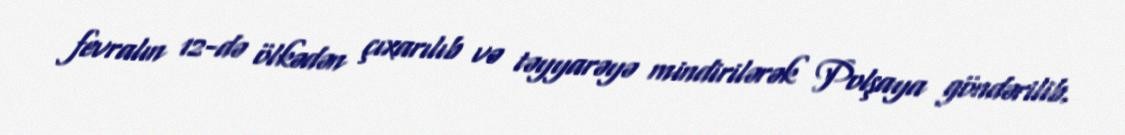
fevralın 12-də ölkədən çıxarılıb və təyyarəyə mindirilərək Polşaya göndərilib.